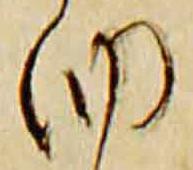
納